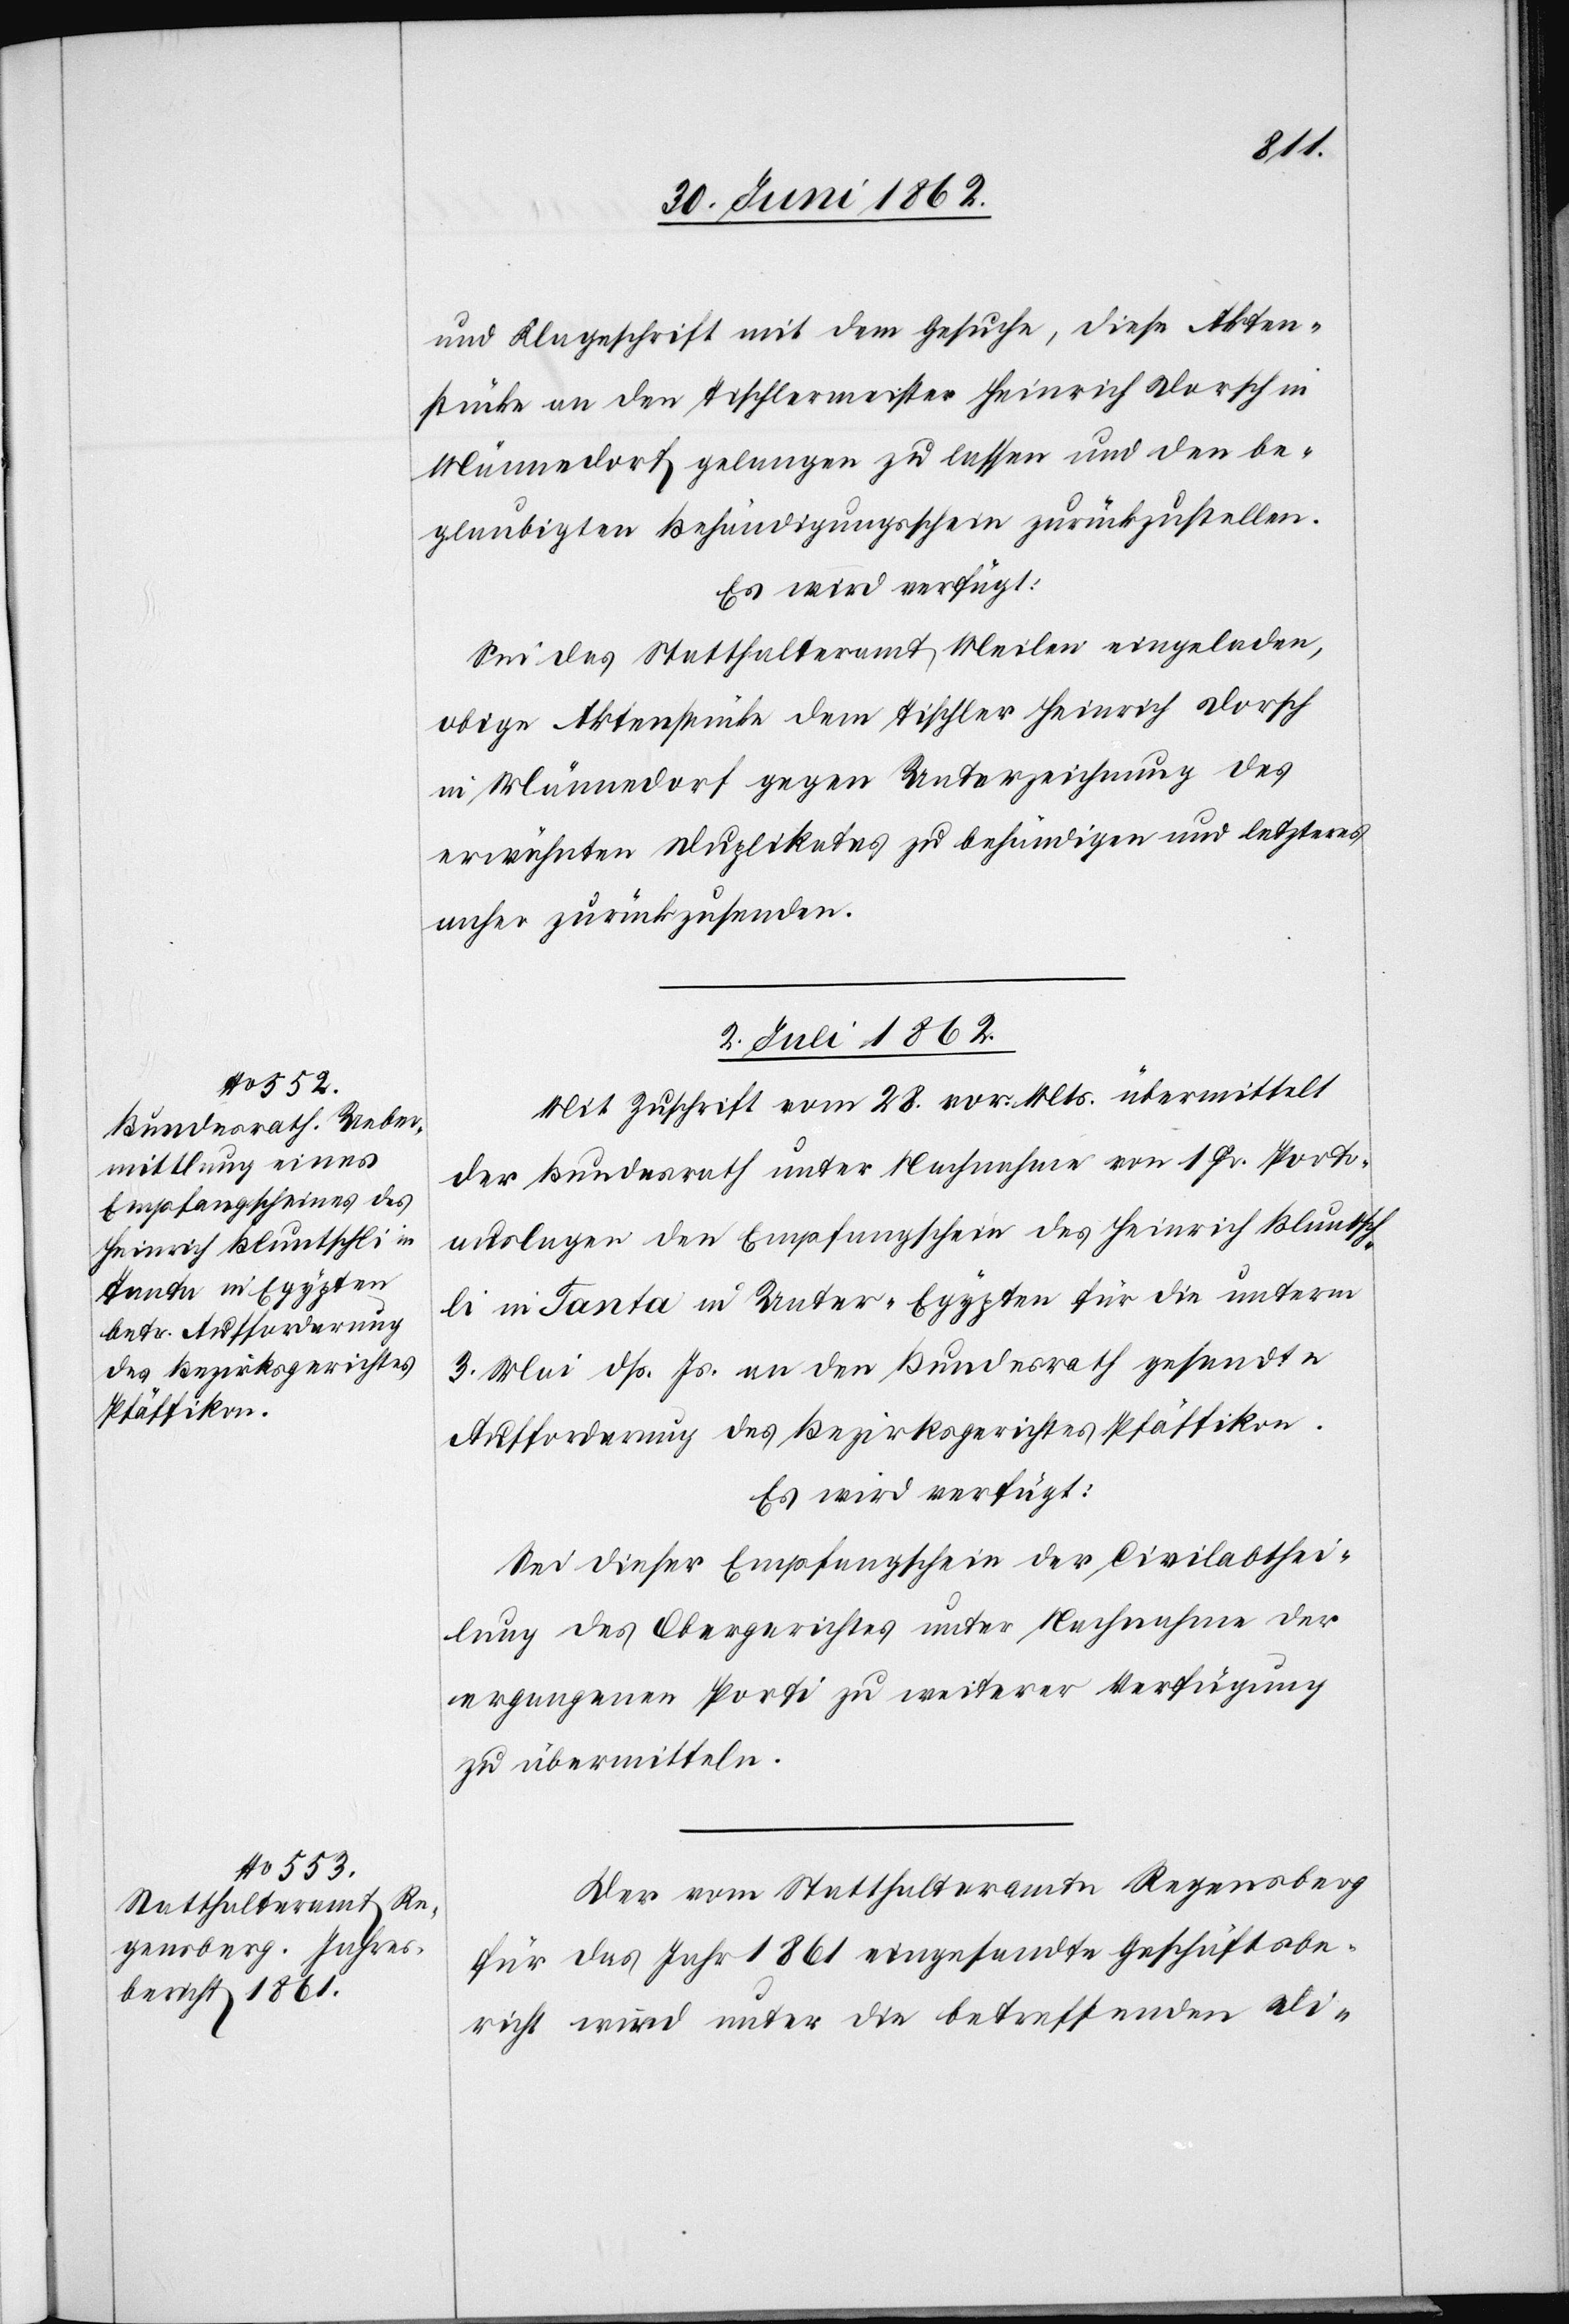
2. Juli 1862.]
und Klageschrift mit dem Gesuche, diese Akten¬
stücke an den Tischlermeister Heinrich Dorsch in
Männedorf gelangen zu lassen und den be¬
glaubigten Behandigungsschein zurückzustellen.
Es wird verfügt:
Sei das Statthalteramt Meilen eingeladen,
obige Aktenstücke dem Tischler Heinrich Dorsch
in Männedorf gegen Unterzeichnung des
erwähnten Duplikates zu behändigen und letzteres
anher zurückzusenden.
2. Juli 1862.
Mit Zuschrift vom 28. vor. Mts. übermittelt
der Bundesrath unter Nachnahme von 1 Fr. Porti¬
auslagen den Empfangschein des Heinrich Bluntsch¬
li in Tanta in Unter-Egypten für die unterm
3. Mai dß. Js. an den Bundesrath gesandte
Aufforderung des Bezirksgerichtes Pfäffikon.
Es wird verfügt:
Sei dieser Empfangschein der Civilabthei¬
lung des Obergerichtes unter Nachnahme der
ergangenen Porti zu weiterer Verfügung
zu übermitteln.
Der vom Statthalteramte Regensberg
für das Jahr 1861 eingesandte Geschäftsbe¬
richt wird unter die betreffenden Di-